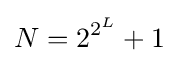
N=2^{2^{L}}+1